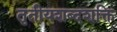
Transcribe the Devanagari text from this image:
तृतीयशब्दशक्ति